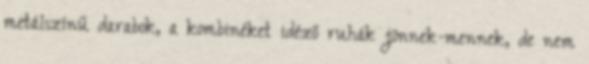
metálszínű darabok, a kombinéket idéző ruhák jönnek-mennek, de nem